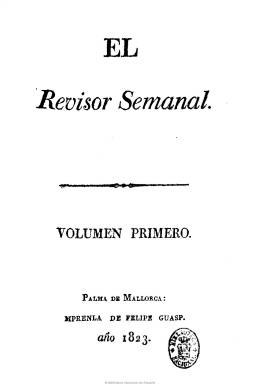
Título: El Revisor semanal
Otros títulos: Revisor
Colección: Revistas de información general
Ámbito geográfico: Baleares
Lugar de publicación: Palma de Mallorca
Fechas: 02/03/1823-20/07/1823

Semanario (salía cada domingo), que se edita en Palma de Mallorca en el último tramo del Trienio Liberal, desde el dos de marzo hasta el 20 de julio de 1823, con un carácter liberal templado, impreso en la oficina de Felipe Guasp. En entregas de ocho páginas, publica también suplementos, lo que hace que cada número pueda sumar de diez a dieciséis páginas. Compuesto a una columna y con una excelente impresión, su contenido es noticioso y político, estructurado, generalmente, en epígrafes o breves titulares, como Noticias extranjeras (extractos de periódicos europeos), Revista, Policía, Tribunales, Teatro, Variedades, Anécdotas, Artículos remitidos, etc. Es fuente para el conocimiento de los sucesos políticos locales y nacionales y publica textos de actualidad política, referentes a los partidos, la libertad religiosa, la enseñanza pública, etc. También inserta cartas, discursos y alocuciones, así como textos literarios (poemas, epigramas). Entre sus artículos resaltan también los referidos a las polémicas posiciones políticas que mantuvieron otras publicaciones periódicas de gran relevancia sobre este segundo periodo constitucional español. Como portavoz de la derecha liberal, considera perjudiciales a las Sociedades Patrióticas. Su colección forma un tomo con los 21 números que editó (278 páginas, en total) que incluye, al principio, una Introducción o prospecto y, al final, un índice de materias.